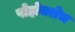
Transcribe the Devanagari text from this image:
पोहोचलेच